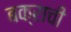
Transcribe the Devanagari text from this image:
बक्राची